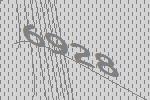
6928